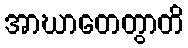
အာဃာတေတွာတိ